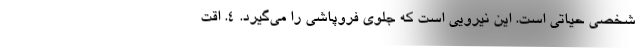
شخصی حیاتی است. این نیرویی است که جلوی فروپاشی را می‌گیرد. ۴. اقت